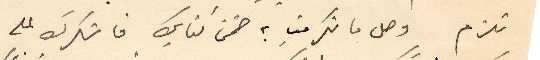
تلزم وصل ما تكرمتِ به ضمن كتابك فاشكرك على